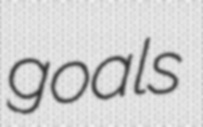
goals